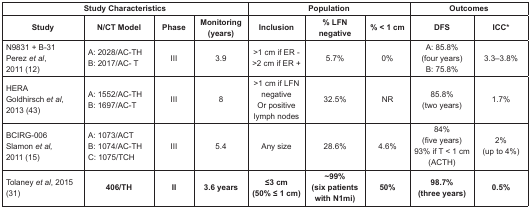
| <COLSPAN=4> Study Characteristics | <COLSPAN=3> Population | <COLSPAN=2> Outcomes |
 | Study | N/CT Model | Phase | Monitoring(years) | Inclusion | % LFNnegative | % < 1 cm | DFS | ICC* |
 | --- | --- | --- | --- | --- | --- | --- | --- | --- |
 | N9831 + B-31Perez et al,2011 (12) | A: 2028/AC-THB: 2017/AC- T | III | 3.9 | >1 cm if ER ->2 cm if ER + | 5.7% | 0% | A: 85.8%(four years)B: 75.8% | 3.3–3.8% |
 | HERAGoldhirsch et al, 2013 (43) | A: 1552/AC-THB: 1697/AC-T | III | 8 | >1 cm if LFN negativeOr positive lymph nodes | 32.5% | NR | 85.8%(two years) | 1.7% |
 | BCIRG-006Slamon et al,2011 (15) | A: 1073/ACTB: 1074/AC-THC: 1075/TCH | III | 5.4 | Any size | 28.6% | 4.6% | 84%(five years)93% if T < 1 cm (ACTH) | 2%(up to 4%) |
 | Tolaney et al, 2015(31) | 406/TH | II | 3.6 years | ≤3 cm(50% ≤ 1 cm) | ~99%(six patients with N1mi) | 50% | 98.7%(three years) | 0.5% |